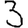
Digit: 3